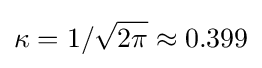
\kappa =1/{\sqrt {2\pi }}\approx 0.399